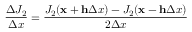
\frac { \Delta J _ { 2 } } { \Delta x } = \frac { J _ { 2 } ( \mathbf x + \mathbf h \Delta x ) - J _ { 2 } ( \mathbf x - \mathbf h \Delta x ) } { 2 \Delta x }